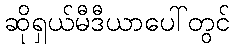
ဆိုရှယ်မီဒီယာပေါ်တွင်